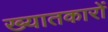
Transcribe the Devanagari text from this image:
ख्यातकारों